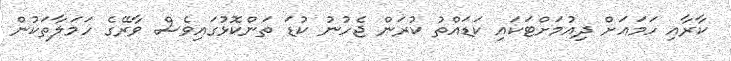
ކާރާއި ހަމައަށް ދިއުމަށްޓަކައި ކަޑައްތު ކުރަން ޖެހުނު ކުޑަ ތަންކޮޅުގައިވެސް ވާރޭގެ ހަމަލާތަކުން